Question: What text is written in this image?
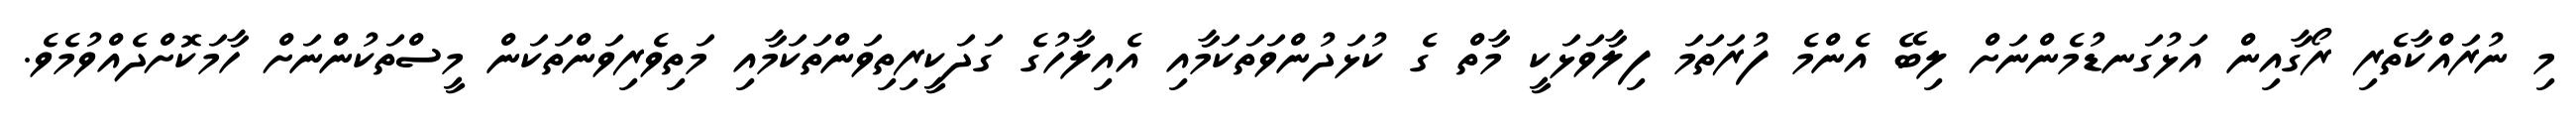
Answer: މި ނުރައްކާތެރި ރޯގާއިން އަޅުގަނޑުމެންނަށް ލިބޭ އެންމެ ފުރަތަމަ ފިލާވަޅަކީ މާތް ގެ ކުޅަދުންވަތަކަމާއި އެއިލާހުގެ ގަދަކީރިތިވަންތަކަމާއި މަތިވެރިވަންތަކަން މީސްތަކުންނަށް ހާމަކޮށްދެއްވުމެވެ.